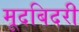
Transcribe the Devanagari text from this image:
मूदबिदरी